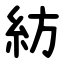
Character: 紡